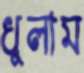
ধুলাম